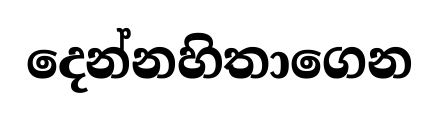
දෙන්නහිතාගෙන